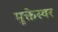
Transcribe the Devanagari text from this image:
मुक्तेस्वर